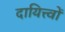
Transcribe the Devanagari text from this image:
दायित्त्वों